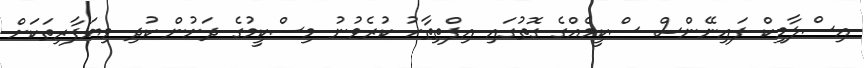
އިސްލާމިކް ފައިނޭންސް ސްކީމެއްގެ ގޮތުގައި އިފްތިތާހު ކުރެވުނު މިސްކީމުގެ ދަށުން ކުދި ވިޔަފާރިތަކަށް